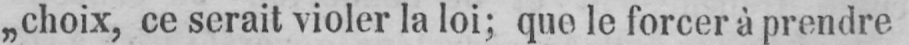
„choix, ce serait violer la loi; que le forcer à prendre